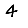
Digit: 4